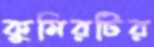
কুমিরটির